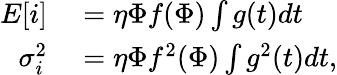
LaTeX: \begin{array}{rl}{E[i]}&{{}=\eta\Phi f(\Phi)\int g(t)dt}\\ {\sigma_{i}^{2}}&{{}=\eta\Phi f^{2}(\Phi)\int g^{2}(t)dt,}\end{array}